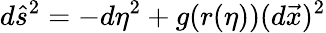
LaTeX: d\hat{s}^{2}=-d\eta^{2}+g(r(\eta))(d\vec{x})^{2}